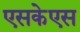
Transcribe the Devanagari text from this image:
एसकेएस